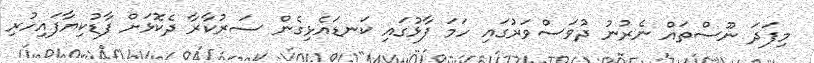
މިފަދަ ނޫސްތައް ނެރުނު ދުވަސްވަރުގައި ހަމަ ފާޅުގައި ކަނޑައެޅިގެން ސަރުކާރާ ދެކޮޅަށް ފާޑުކިޔާފައިހުރި